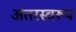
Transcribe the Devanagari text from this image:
अंतरस्वरूप